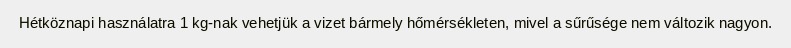
Hétköznapi használatra 1 kg-nak vehetjük a vizet bármely hőmérsékleten, mivel a sűrűsége nem változik nagyon.